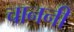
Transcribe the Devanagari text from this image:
चाननी